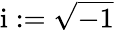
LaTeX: \mathrm{i}:=\sqrt{-1}